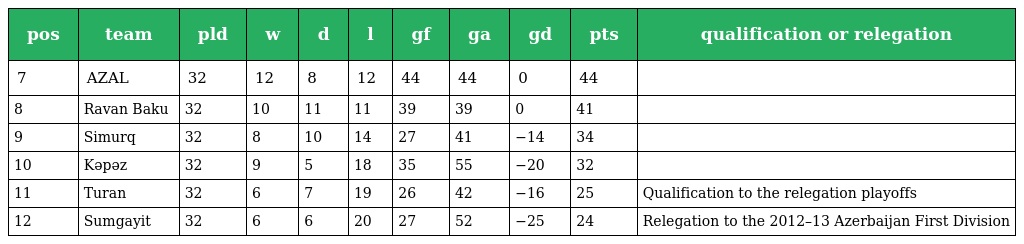
| pos | team | pld | w | d | l | gf | ga | gd | pts | qualification or relegation |
 | --- | --- | --- | --- | --- | --- | --- | --- | --- | --- | --- |
 | 7 | AZAL | 32 | 12 | 8 | 12 | 44 | 44 | 0 | 44 |  |
 | 8 | Ravan Baku | 32 | 10 | 11 | 11 | 39 | 39 | 0 | 41 |  |
 | 9 | Simurq | 32 | 8 | 10 | 14 | 27 | 41 | −14 | 34 |  |
 | 10 | Kəpəz | 32 | 9 | 5 | 18 | 35 | 55 | −20 | 32 |  |
 | 11 | Turan | 32 | 6 | 7 | 19 | 26 | 42 | −16 | 25 | Qualification to the relegation playoffs |
 | 12 | Sumgayit | 32 | 6 | 6 | 20 | 27 | 52 | −25 | 24 | Relegation to the 2012–13 Azerbaijan First Division |